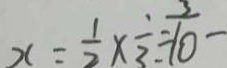
x = \frac { 1 } { 2 } \times \frac { 1 } { 3 } = \frac { 3 } { 1 0 } -